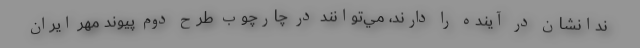
ندانشان در آينده را دارند، مي‌توانند در چارچوب طرح دوم پيوند مهر ايران